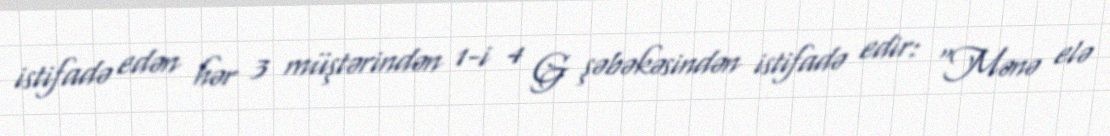
istifadə edən hər 3 müştərindən 1-i 4 G şəbəkəsindən istifadə edir: “Mənə elə